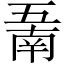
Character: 𱎖